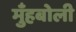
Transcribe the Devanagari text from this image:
मुँहबोली